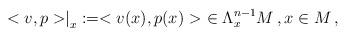
LaTeX: \begin{align*}\left.<v,p>\right|_x:= <v(x) , p(x) > \ \in \Lambda^{n-1}_xM\, , x\in M\, ,\end{align*}